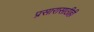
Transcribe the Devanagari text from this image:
प्रसारासाठीही